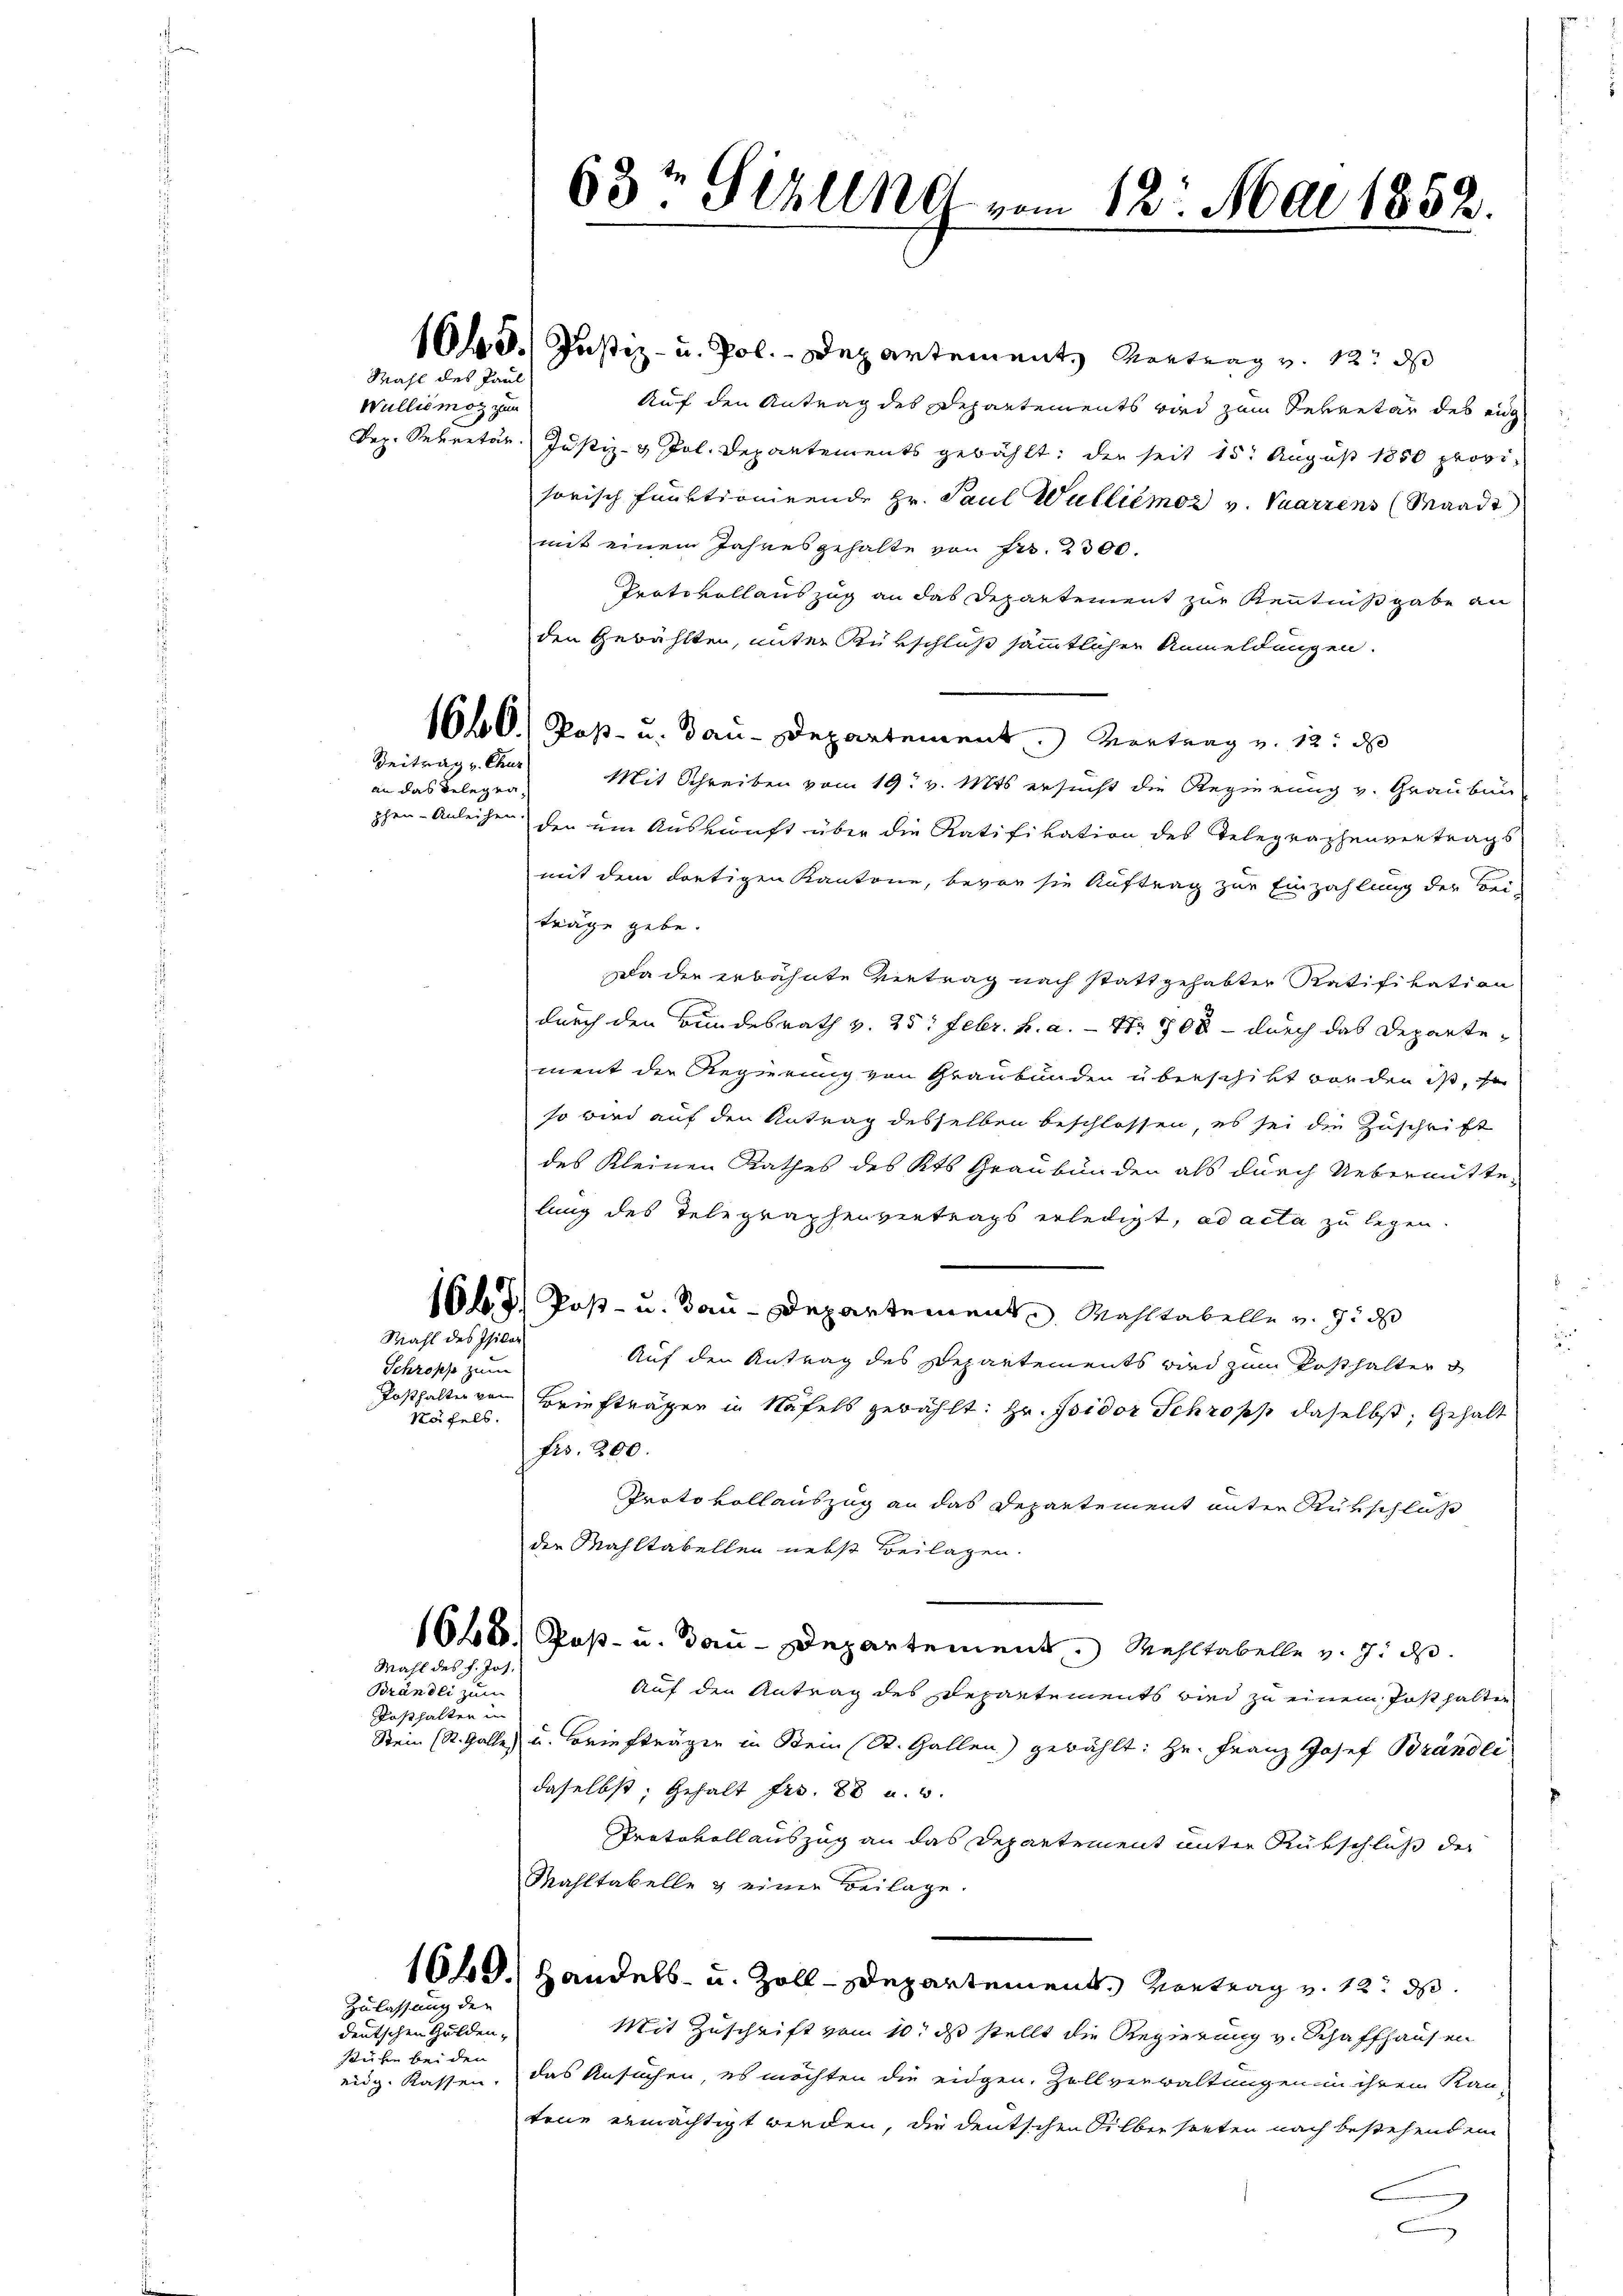
Mahl des Paul

Wullis mot zur

Beitrag v. Chur
an das Belegen,

Wahl des Philar
Schröpp zum
Posthalten von
Näfels.

Mahl des h. Jos.

Brändli zum
Posthalten in

deutschen Gulden,
stube bei den

Zulassung der

63t Sizung vom 12. Mai 1852.

15.) Justiz- u. Pol. - Departement, Montrag v. 12. ds
Auf den Antrag des Departements wird zum Sekretär des eig
Dez. Sekretär Justiz- & Pol. Departements gewählt: den seit 15. August 1850 provisorisch funktionirende Hr. Paul Wulliémor v. Vuarzens (Waadt
mit einem Jahresgehalte von Fr. 2300.
Protokollauszug an das Departement zur Kenntnißgabe an
den Gewählten, unter Rükschluß sämmtlicher Anmeldungen.
1660.) Post- u. Bau-Departement. Vortrag v. 12. d
Mit Schreiben vom 19. v. Mts ersucht die Regierung v. Graubun
phen- Anleihen den um Auskunft über die Ratifikation des Telegraphenvertrags
s
mit dem dortigen Kantone, bevor sie Auftrag zur Einzahlung der Bei-
träge gebe.
Da der erwähnte Vertrag nach stattgehabter Ratifikation
durch den Bundesrath v. 25. Febr. h. a. — Nr. 700 – durch das Departement die Regierung von Graubünden überschikt vor den ist, so
so wird auf den Antrag desselben beschlossen, es sei die Zuschrift
des Kleinen Rathes des Kts. Graubünden als durch Uebermitte-
lung des Telegraphenvertrags erledigt, ad acta zu legen.
1665/ Post- u. Bau-Departement u. Mahltabelle v. J. d
Auf den Antrag des Departements wird zum Posthalter d
Briefträgen in Näfels gewählt: Hr. Isidor Schröpf daselbst, Gehalt
frs. 200.
Protokollauszug an das Departement unter Rükschluß
der Mahltabellen nebst Beilagen.
1668. Post- u. Bau-Departement. Mehltabelle v. J. d
Auf den Antrag des Departements wird zu einem Posthalten
Stein (St. Galle, u. Briefträgen in Sein (St. Gallen) gewählt: Hr. Franz Josef Brändli
daselbst; Gehalt Fr. 88 u. 3.
Protokollauszug an das Departement unter Rükschluß der
Mahltabelle & einer Beilage.
1610. Handels- u. Zoll-Departement Vortrag v. 12. d.
Mit Zuschrift vom 10t ds stellt die Regierung v. Schaffhausen
eidg. Kassen, das Ansuchen, es möchten die eidgen. Zollverwaltungen in ihrem Kan-
tene ermächtigt werden, die deutschen Silbersteten nach bestehenden
F